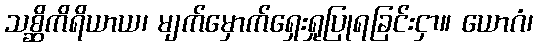
သစ္ဆိကိရိယာယ၊ မျက်မှောက်ရှေးရှုပြုရခြင်းငှာ။ ယောဂံ၊